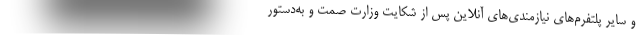
و سایر پلتفرم‌های نیازمندی‌های آنلاین پس از شکایت وزارت صمت و به‌دستور